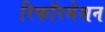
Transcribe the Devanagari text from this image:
रिफॉरमेशन